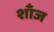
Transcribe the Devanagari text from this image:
शाँज